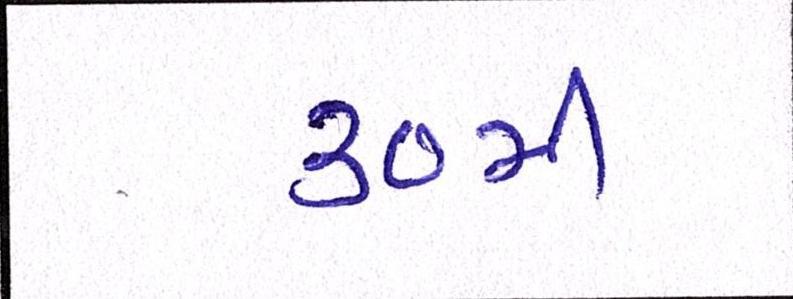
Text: ૩૦મી